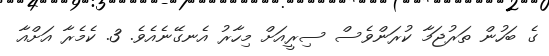
ގެ ބަހުން ތަރުޖަމާ ކުރަންވެސް ސިރީއަށް މިހާރު އެނގޭނެއެވެ. 3. ކެމެރާ އަށްއާ